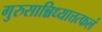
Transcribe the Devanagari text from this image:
गुरुसान्निध्यात्तत्फलं